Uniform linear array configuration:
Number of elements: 8
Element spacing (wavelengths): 0.75
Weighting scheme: binomial
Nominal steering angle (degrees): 15
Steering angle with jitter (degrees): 15.853
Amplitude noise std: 0.05
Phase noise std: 0.05

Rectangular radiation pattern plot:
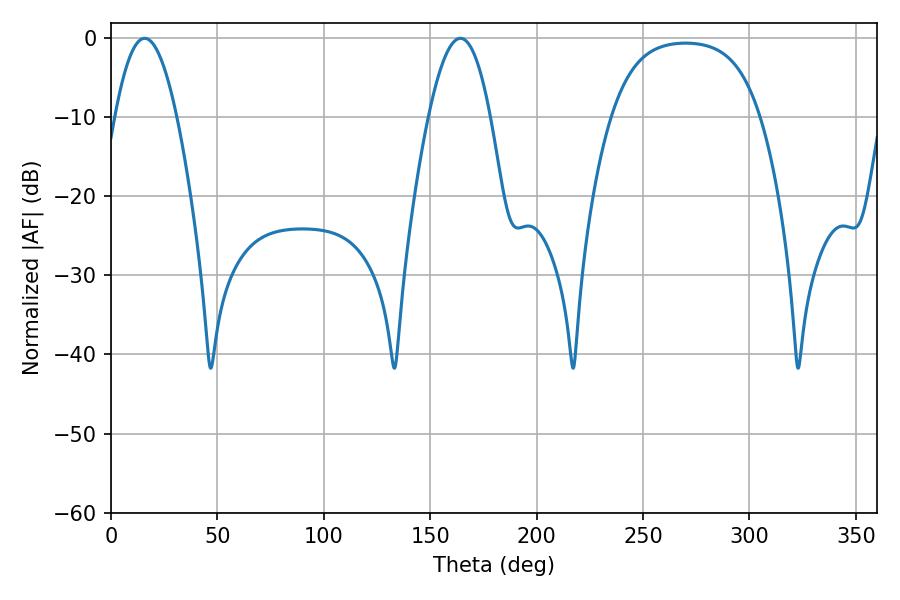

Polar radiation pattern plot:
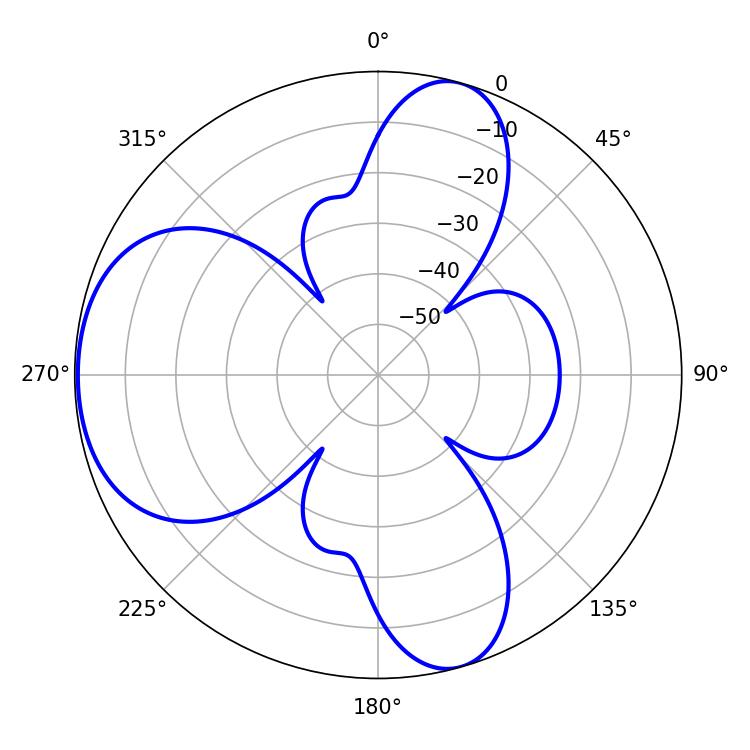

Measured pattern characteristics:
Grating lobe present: TRUE
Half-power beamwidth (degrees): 15.84
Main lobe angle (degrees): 15.84